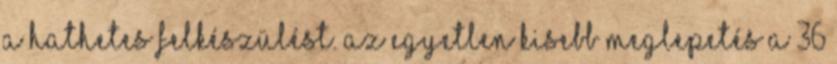
a hathetes felkészülést. Az egyetlen kisebb meglepetés a 36